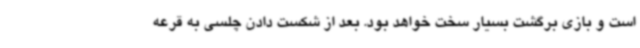
است و بازی برگشت بسیار سخت خواهد بود. بعد از شکست دادن چلسی به قرعه